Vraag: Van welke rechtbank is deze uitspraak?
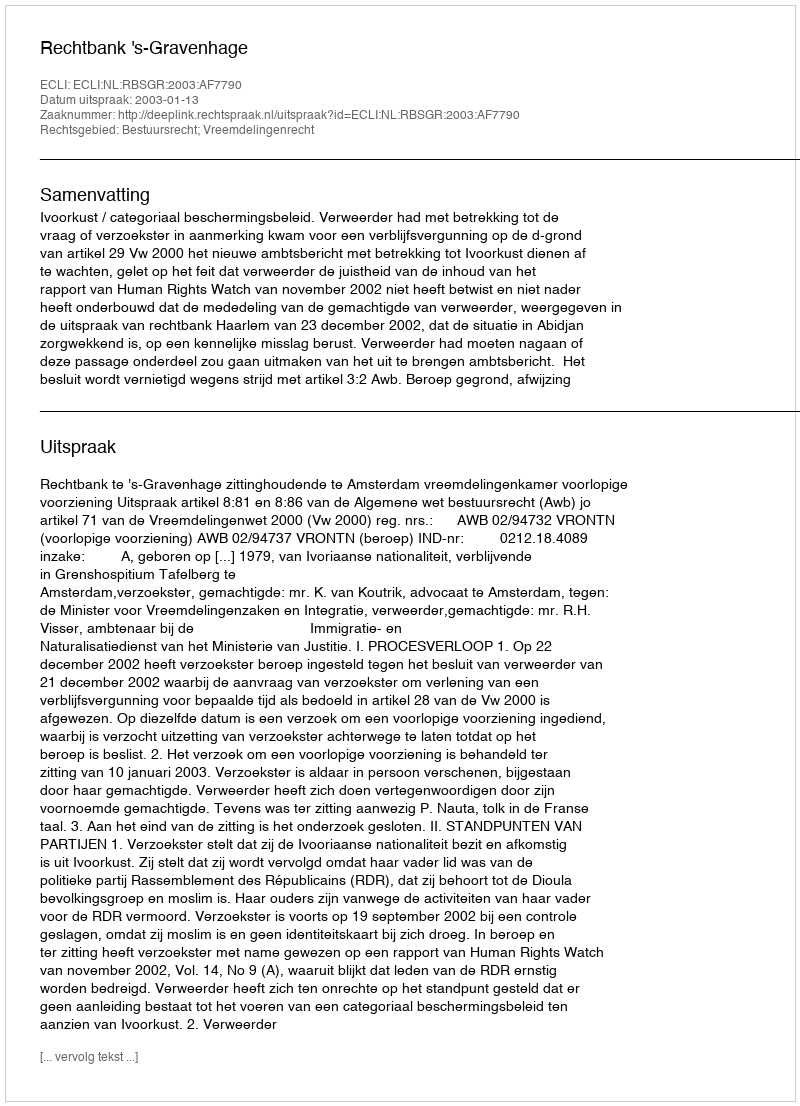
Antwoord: Rechtbank 's-Gravenhage